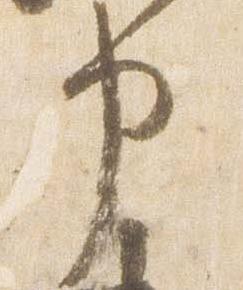
申